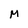
Character: M